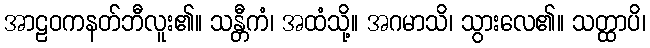
အာဠဝကနတ်ဘီလူး၏။ သန္တီကံ၊ အထံသို့။ အဂမာသိ၊ သွားလေ၏။ သတ္ထာပိ၊